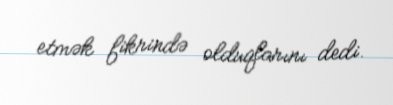
etmək fikrində olduqlarını dedi.